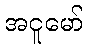
အငူမော်